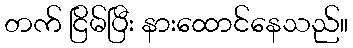
တက် ငြိမ်ပြီး နားထောင်နေသည်။